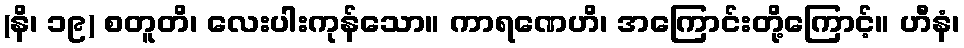
(နိ၊ ၁၉) စတူတိ၊ လေးပါးကုန်သော။ ကာရဏေဟိ၊ အကြောင်းတို့ကြောင့်။ ဟီနံ၊